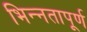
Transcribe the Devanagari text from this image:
भिन्‍नतापूर्ण